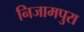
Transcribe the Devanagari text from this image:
निजामपुरा